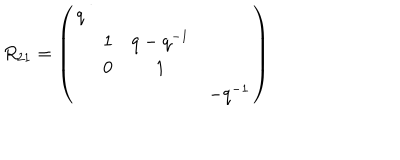
R _ { 2 1 } = \left( \begin{array} { c c c c } { { q } } & { { } } & { { } } & { { } } \\ { { } } & { { 1 } } & { { q - q ^ { - 1 } } } & { { } } \\ { { } } & { { 0 } } & { { 1 } } & { { } } \\ { { } } & { { } } & { { } } & { { - q ^ { - 1 } } } \\ \end{array} \right)